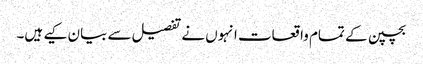
بچپن کے تمام واقعات انہوں نے تفصیل سے بیان کیے ہیں۔